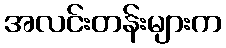
အလင်းတန်းများက